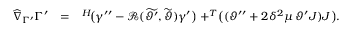
\begin{array} { r l r } { \widehat { \nabla } _ { \Gamma ^ { \prime } } \Gamma ^ { \prime } } & { = } & { ^ { H } \! \big ( \gamma ^ { \prime \prime } - \mathcal { R } ( \widetilde { \vartheta ^ { \prime } } , \widetilde { \vartheta } ) \gamma ^ { \prime } \big ) + ^ { T } \! \big ( ( \vartheta ^ { \prime \prime } + 2 \delta ^ { 2 } \mu \, \vartheta ^ { \prime } J ) J \big ) . } \end{array}